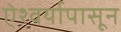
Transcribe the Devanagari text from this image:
ऐश्वर्यापासून